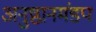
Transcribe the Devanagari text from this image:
अनुष्ठानमंडप